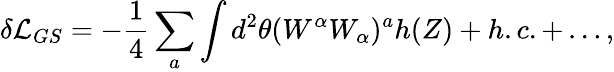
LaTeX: \delta{\cal L}_{GS}=-\frac{1}{4}\sum_{a}\int d^{2}\theta(W^{\alpha}W_{\alpha})^{a}h(Z)+h.c.+\dots,